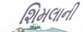
શિમલાની